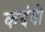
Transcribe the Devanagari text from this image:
कदंबो